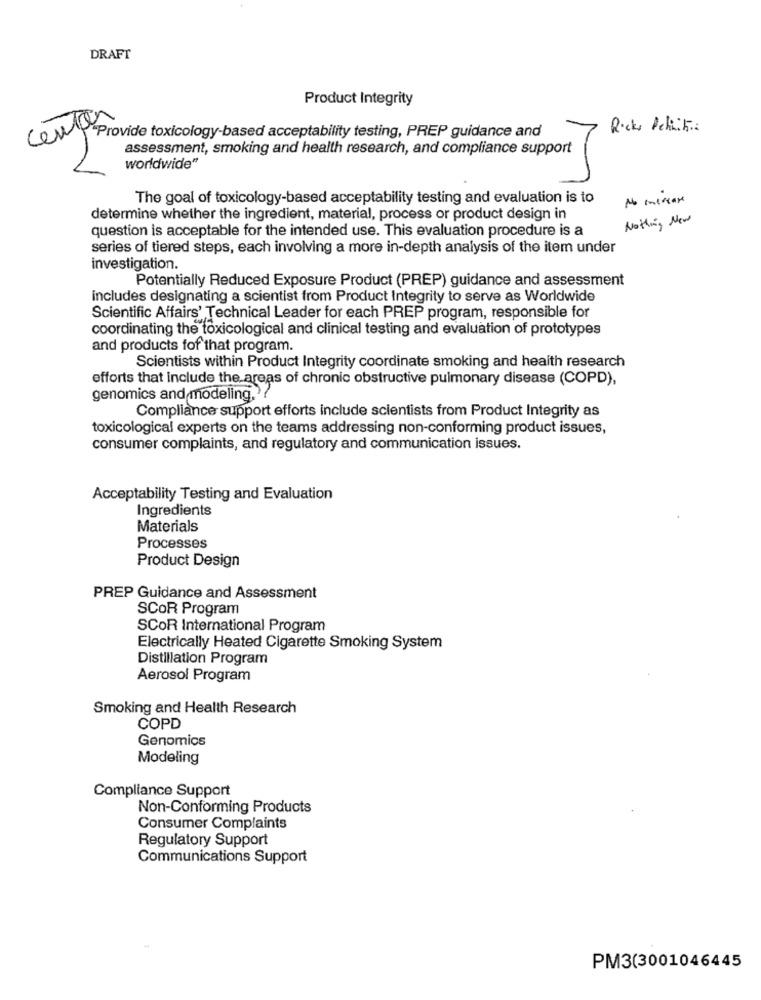
DRAFT
Product Integrity
Rocks Pehinitia
com Provide toxicology-based acceptability testing, PREP guidance and
assessment, smoking and health research, and compliance support
worldwide"
The goal of toxicology-based acceptability testing and evaluation is to
No mercare
determine whether the ingredient, material, process or product design in
Nothing New
question is acceptable for the intended use. This evaluation procedure is a
series of tiered steps, each involving a more in-depth analysis of the item under
investigation.
Potentially Reduced Exposure Product (PREP) guidance and assessment
includes designating a scientist from Product Integrity to serve as Worldwide
Scientific Affairs' Technical Leader for each PREP program, responsible for
coordinating the toxicological and clinical testing and evaluation of prototypes
and products fof that program.
Scientists within Product Integrity coordinate smoking and health research
efforts that include the areas of chronic obstructive pulmonary disease (COPD),
genomics and modeling. 7
Compliance support efforts include scientists from Product Integrity as
toxicological experts on the teams addressing non-conforming product issues,
consumer complaints, and regulatory and communication issues.
Acceptability Testing and Evaluation
Ingredients
Materials
Processes
Product Design
PREP Guidance and Assessment
SCOR Program
SCOR International Program
Electrically Heated Cigarette Smoking System
Distillation Program
Aerosol Program
Smoking and Health Research
COPD
Genomics
Modeling
Compliance Support
Non-Conforming Products
Consumer Complaints
Regulatory Support
Communications Support
PM3(3001046445